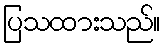
ပြသထားသည်။